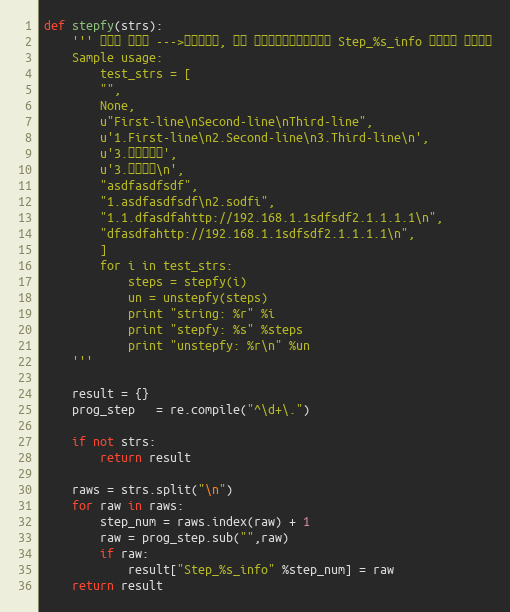
Language: Python
def stepfy(strs):
    ''' 步骤化 字符串 --->实际效果是, 依据 序列化的字符串，转换为 Step_%s_info 的字典， 返回字典
    Sample usage:
        test_strs = [
        "",
        None,
        u"First-line\nSecond-line\nThird-line",
        u'1.First-line\n2.Second-line\n3.Third-line\n',
        u'3.没有换行符',
        u'3.有换行符\n',
        "asdfasdfsdf",
        "1.asdfasdfsdf\n2.sodfi",
        "1.1.dfasdfahttp://192.168.1.1sdfsdf2.1.1.1.1\n",
        "dfasdfahttp://192.168.1.1sdfsdf2.1.1.1.1\n",
        ]
        for i in test_strs:
            steps = stepfy(i)
            un = unstepfy(steps)
            print "string: %r" %i
            print "stepfy: %s" %steps
            print "unstepfy: %r\n" %un
    '''

    result = {}
    prog_step   = re.compile("^\d+\.")

    if not strs:
        return result

    raws = strs.split("\n")
    for raw in raws:
        step_num = raws.index(raw) + 1
        raw = prog_step.sub("",raw)
        if raw:
            result["Step_%s_info" %step_num] = raw
    return result